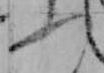
ふ